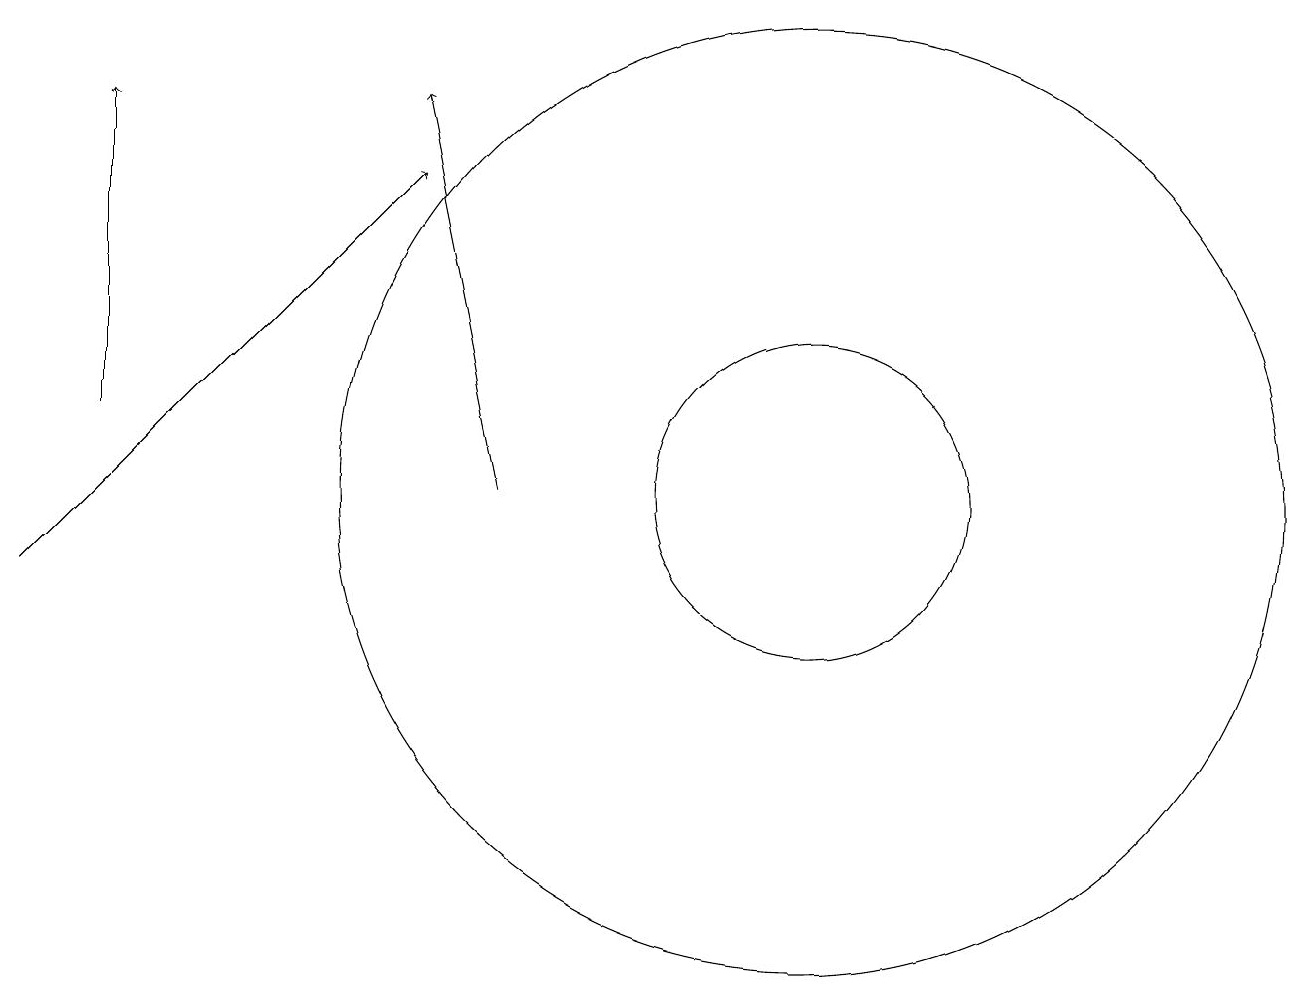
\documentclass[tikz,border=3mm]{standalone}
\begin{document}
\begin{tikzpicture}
\draw[->] (2,12) -- (2,16);
\draw (11,11) circle (2);
\draw[->] (7,11) -- (6,16);
\draw[->] (1,10) -- (6,15);
\draw (11,11) circle (6);
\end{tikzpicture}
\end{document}